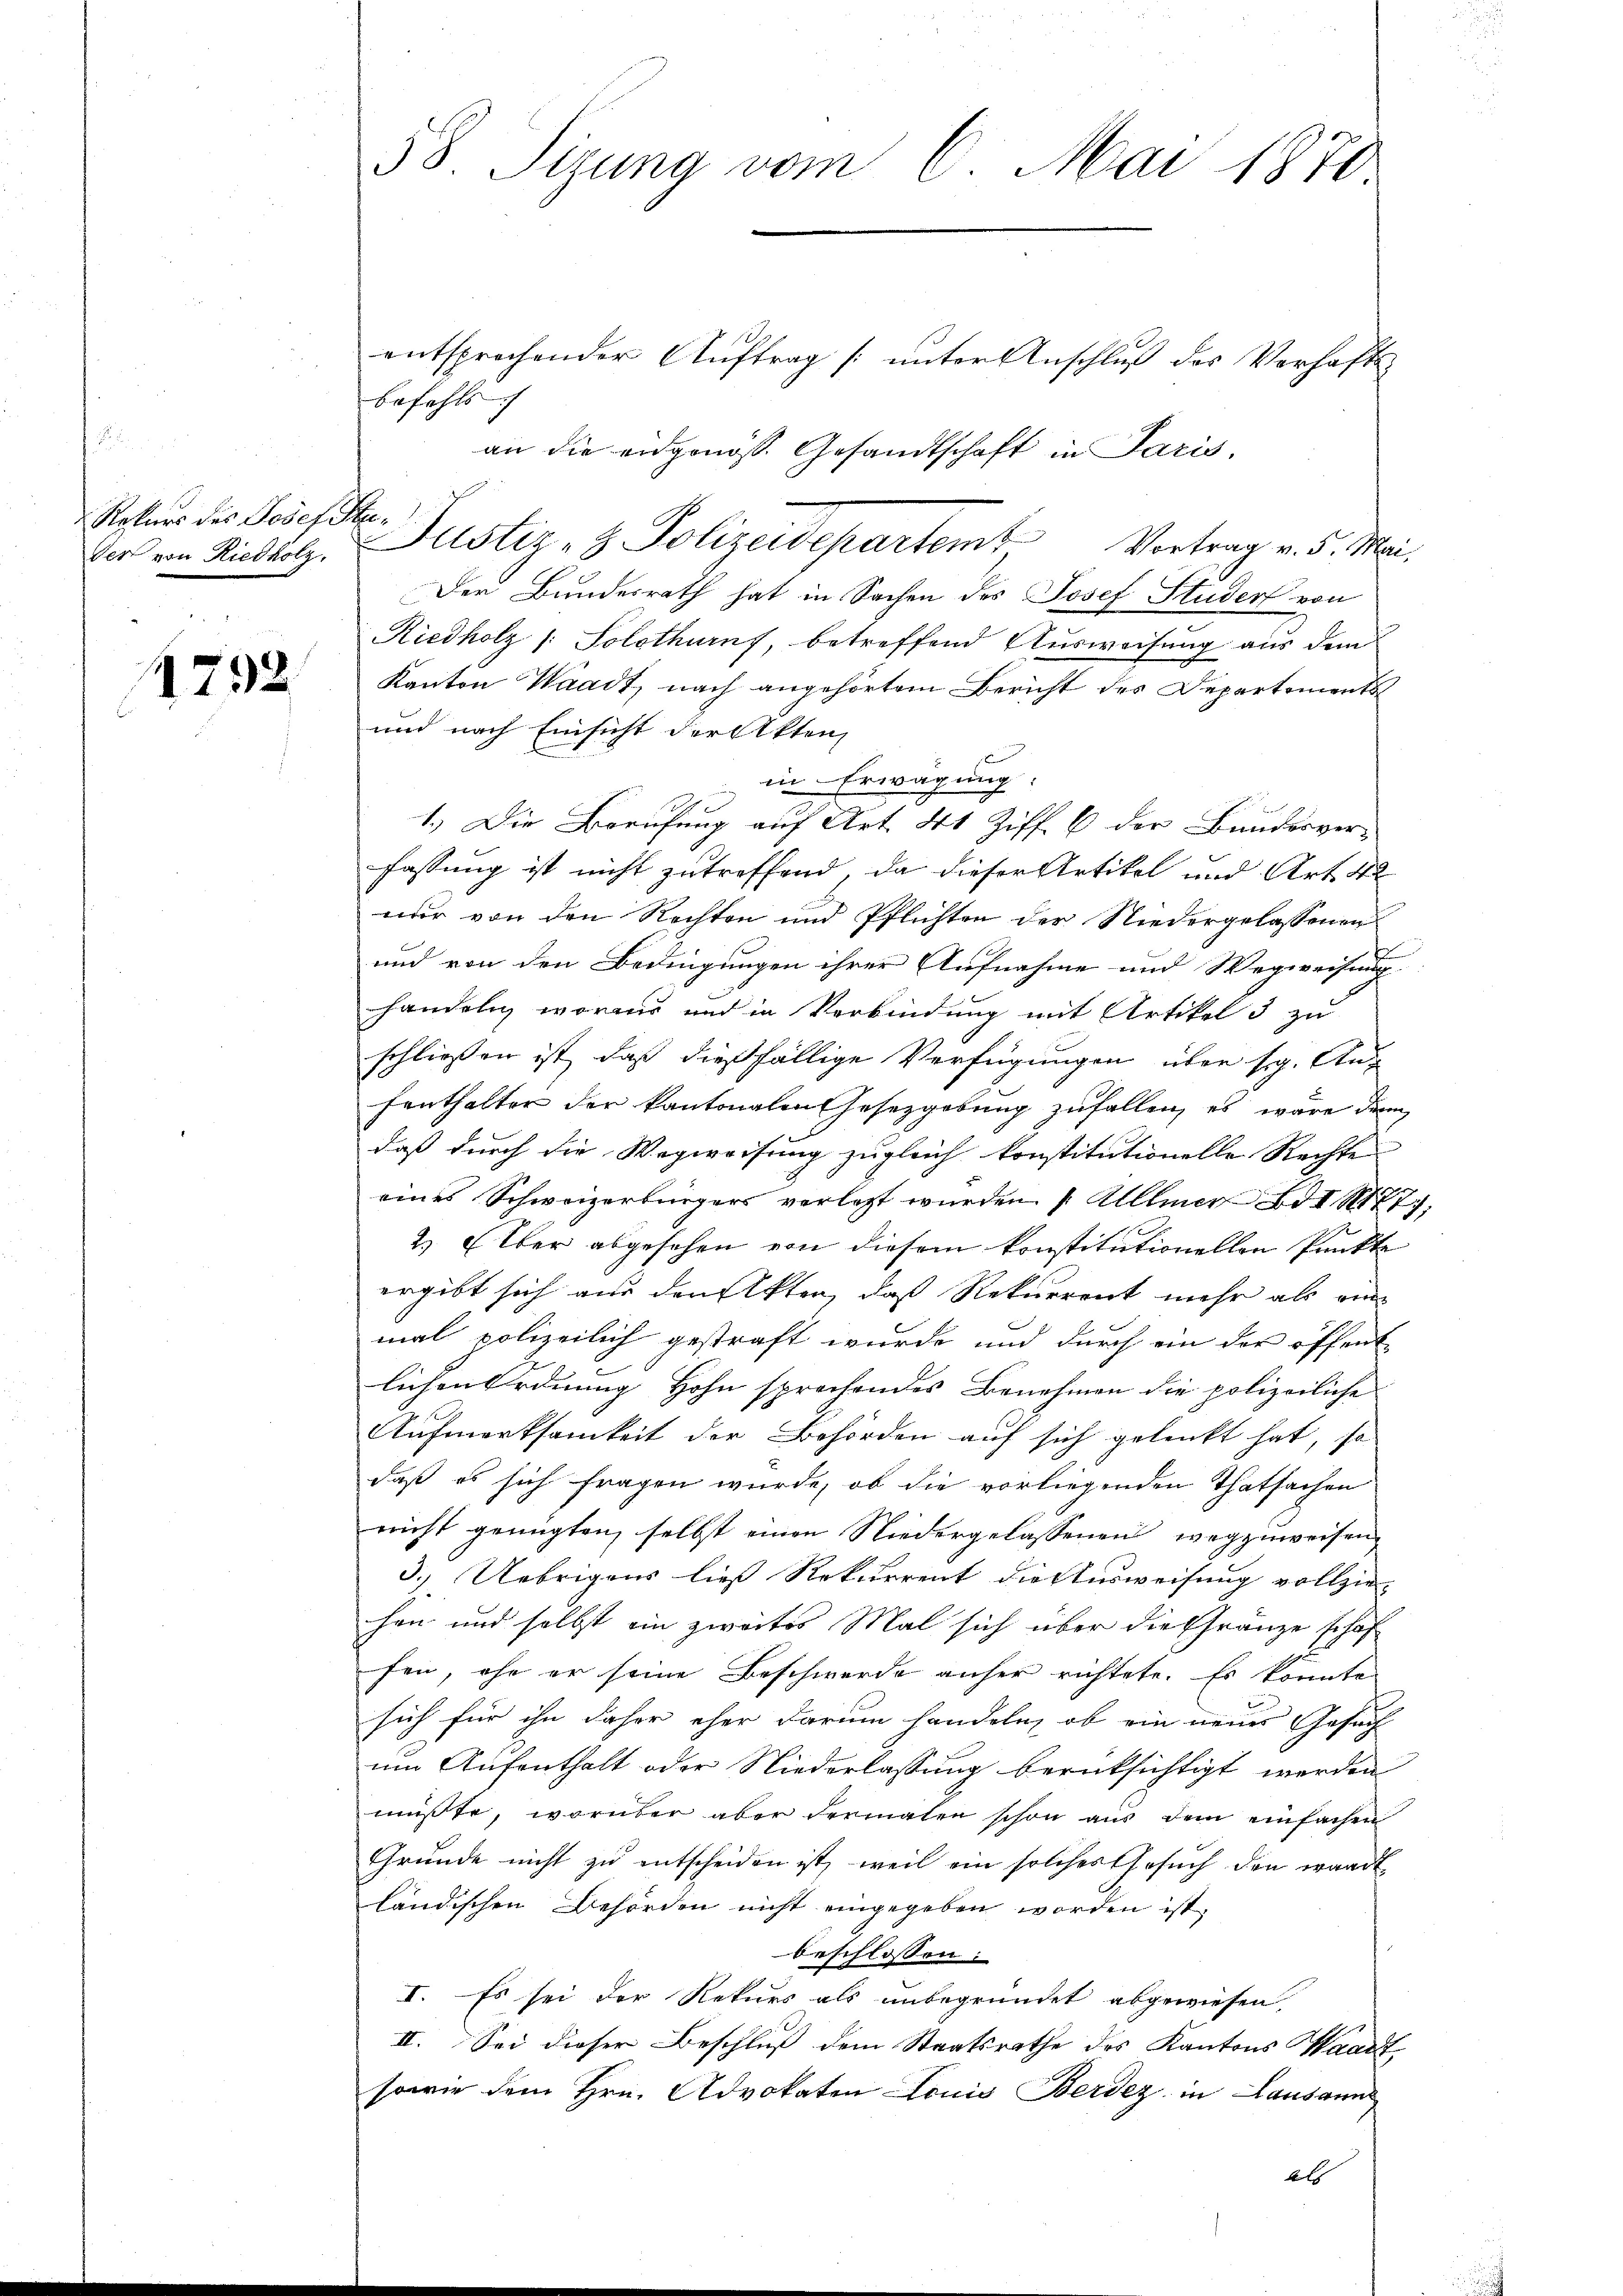
i
Rekurs des Josefi
Ver von Riedholz.
1792

58. Sizung vom 6. Mai 1870

an die eidgenöss. Gesandtschaft in Paris.
.
Justiz- & Polizeidepartem Vortrag v. 5. Mai.

entsprochender Auftrag [unter Anschluß des Verhafts-
befehls
Der Bundesrath hat in Sachen des Josef Studer von
Riedholz /: Solothurns, betreffend Ausweisung aus dem
Kanton Waadt, nach angehörtem Bericht des Departements
und nach Einsicht der Akten,
in Erwägung:
1.) Die Berufung auf Art. 41 Ziff. 6 der Bundesverfassung ist nicht zutreffend, da dieser Artikel und Art. 42
nur von den Rechten und Pflichten der Niedergelassenen
und von den Bedingungen ihrer Aufnahme und Wegweisung
handeln woraus und in Verbindung mit Artikel 3 zu
schließen ist, daß dießfällige Verfügungen über sog. Aufenthalter der kantonalen Gesetzgebung zufallen, es wäre denn
daß durch die Wegweisung zugleich konstitutionelle Rechte
eines Schweizerbürgers verlegt wurden. 1 Allmer Ad I 1477;
2.) Elber abgesehen von diesem konstitutionellen Punkte
ergibt sich aus den Akten, daß Rekurrent mehr als ein
mal polizeilich gestraft wurde und durch ein der öffent
e
lichen Ordnung Hohn sprechendes Benehmen die polizeiliche
Aufmerksamkeit der Behörden auf sich gelenkt hat, so
daß es sich fragen wurde, ob die vorliegenden Thatsachen
nicht genügten, selbst einen Niedergelassenens wegzuweisen,
3.) Uebrigens ließ Rekurrent die Ausweisung vollzie-
hen und selbst ein zweites Mal sich über die Gränze schaf
fen, ohn er seine Beschwerde anher richtete. Es könnte
sich für ihn daher eher darum handeln, ob ein neues Gesuch
um Aufenthalt oder Niederlassung berücksichtigt werden
müsste, worüber aber dermalen schon aus dem einfachen
Gründe nicht zu entscheiden ist, weil ein solches Gesuch den wardt.
ländischen Behörden nicht eingegeben worden ist,
beschlossen:
I. Es sei der Rekurs als unbegründet abgewiesen,
II. Sei dieser Beschluß dem Staatsrathe des Kantons Waadt,
sowie dem Hrn. Advokaten Louis Berdez in Lausann
Al